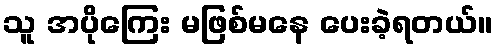
သူ အပိုကြေး မဖြစ်မနေ ပေးခဲ့ရတယ်။